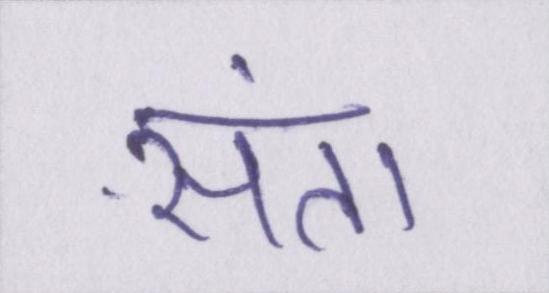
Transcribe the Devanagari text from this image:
संता